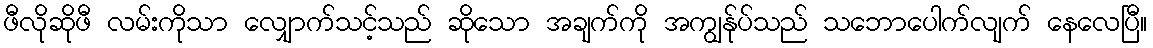
ဖီလိုဆိုဖီ လမ်းကိုသာ လျှောက်သင့်သည် ဆိုသော အချက်ကို အကျွန်ုပ်သည် သဘောပေါက်လျက် နေလေပြီ။